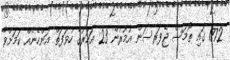
1772 ގައި ތޯމަސް ޖެފަރސަން އުމުރުން 23 އަހަރުގެ ހުވަފަތް އަންހެނެއް ކަމަށްވާ